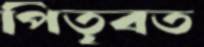
পিতৃবত